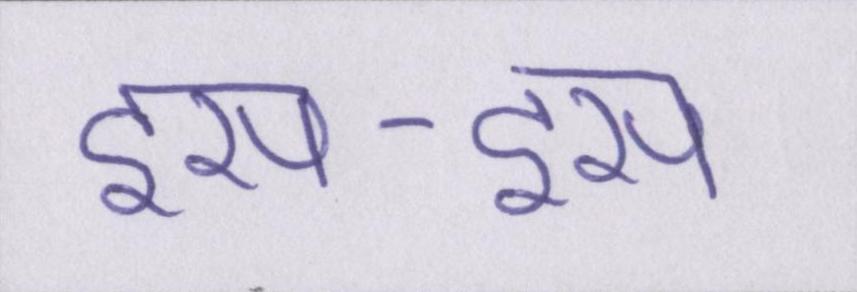
इस-इस